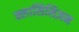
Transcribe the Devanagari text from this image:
क्लासिसिज़म